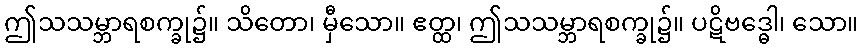
ဤသသမ္ဘာရစက္ခု၌။ သိတော၊ မှီသော။ ဧတ္ထ၊ ဤသသမ္ဘာရစက္ခု၌။ ပဋိဗဒ္ဓေါ၊ သော။